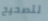
لتصحيح